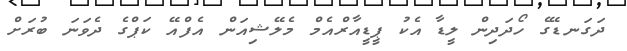
ދަގަނޑޭގެ ހޯދަދިން ލީޑާ އެކު ޕީޑީއާރްއެމް މެލޭޝިއަން އެފްއޭ ކަޕްގެ ދެވަނަ ބުރަށް